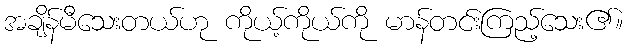
အချိန်မီသေးတယ်ဟု ကိုယ့်ကိုယ်ကို မာန်တင်းကြည့်သေး၏။